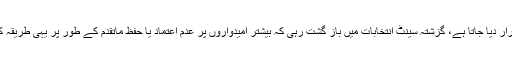
یہ بڑا تکنیکی مرحلہ قرار دیا جاتا ہے، گزشتہ سینٹ انتخابات میں باز گشت رہی کہ بیشتر امیدواروں پر عدم اعتماد یا حفظ ماتقدم کے طور پر یہی طریقہ کار استعمال کیا گیا تھا۔